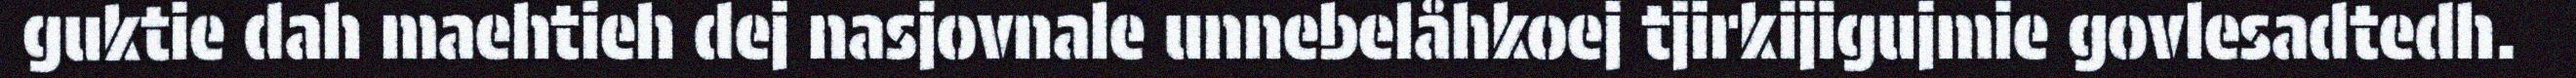
guktie dah maehtieh dej nasjovnale unnebelåhkoej tjirkijigujmie govlesadtedh.